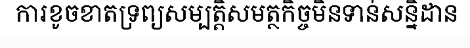
ការខូចខាតទ្រព្យសម្បត្តិសមត្ថកិច្ចមិនទាន់សន្និដាន